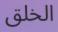
الخلق